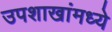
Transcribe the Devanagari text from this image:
उपशाखांमध्ये